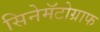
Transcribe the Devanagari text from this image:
सिनेमॅटोग्राफ